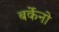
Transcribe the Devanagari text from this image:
बर्केनो